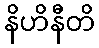
နိဟိနီတိ